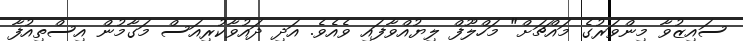
ސައިޒުވާ މިންވަރުގެ މައްޗަށް" މަހްލޫފް ލިޔުއްވާފައި ވެއެވެ. އަދި ދައުވާކުރިއަސް މަގާމުން އިސްތިއުފާ